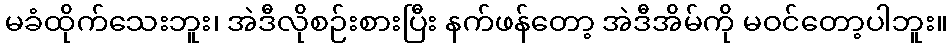
မခံထိုက်သေးဘူး၊ အဲဒီလိုစဉ်းစားပြီး နက်ဖန်တော့ အဲဒီအိမ်ကို မဝင်တော့ပါဘူး။